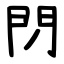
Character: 閁